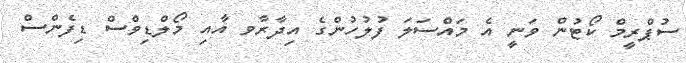
ސުޕްރީމް ކޯޓުން ވަނީ އެ މައްސަލަ ފުލުހުންގެ އިދާރާވ އާއި މޯލްޑިވްސް ޑިފެންސް